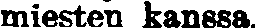
miesten kanssa.